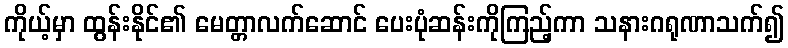
ကိုယ့်မှာ ထွန်းနိုင်၏ မေတ္တာလက်ဆောင် ပေးပုံဆန်းကိုကြည့်ကာ သနားဂရုဏာသက်၍